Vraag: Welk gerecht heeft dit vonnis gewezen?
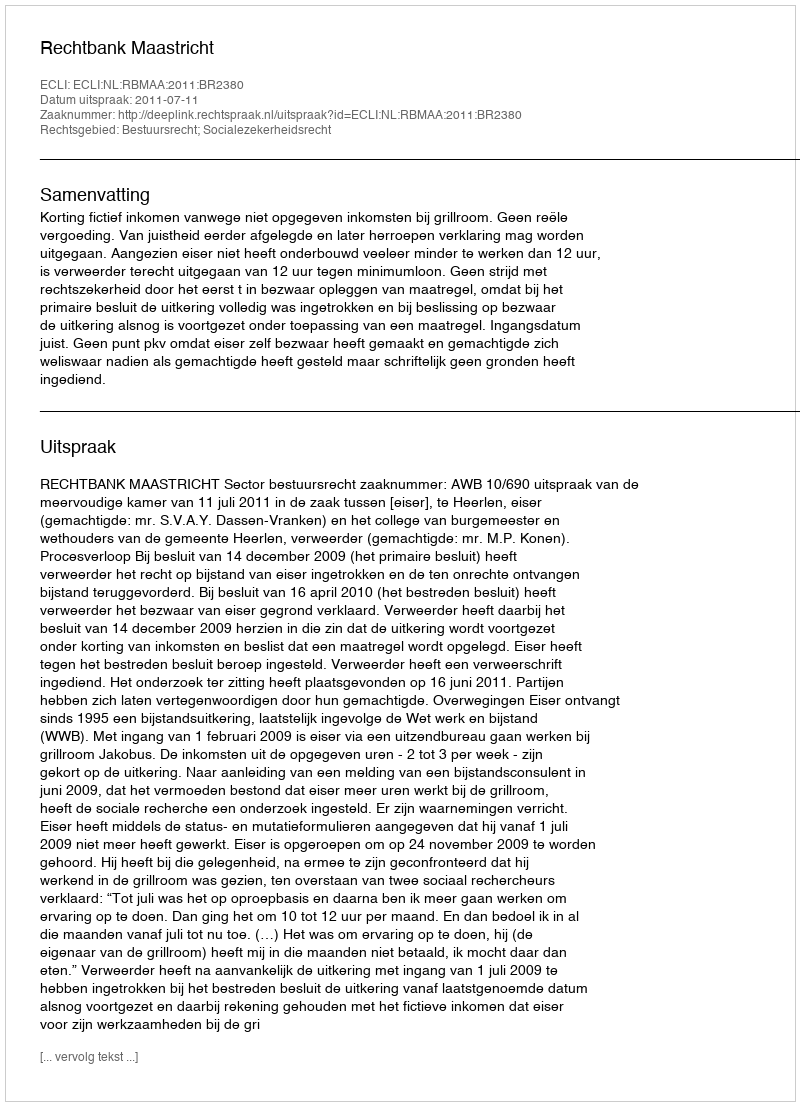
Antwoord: Rechtbank Maastricht